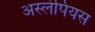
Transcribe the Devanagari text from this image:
अस्लेपियस